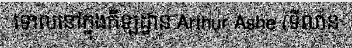
ទោលនៅក្នុងកីឡដ្ឋាន Arthur Ashe (ទីលាន